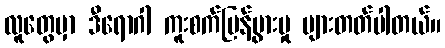
လူတွေမှာ ဒီရောဂါ ကူးစက်ပြန့်ပွားမှု များတတ်ပါတယ်။